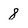
Character: 8